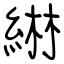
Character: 綝